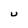
Character: U